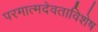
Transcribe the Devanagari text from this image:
परमात्मदेवताविशेष